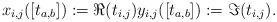
LaTeX: \begin{align*}x_{i,j}([t_{a,b}]):=\Re(t_{i,j})y_{i,j}([t_{a,b}]):=\Im(t_{i,j}).\end{align*}